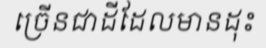
ច្រើនជាដីដែលមានដុះ